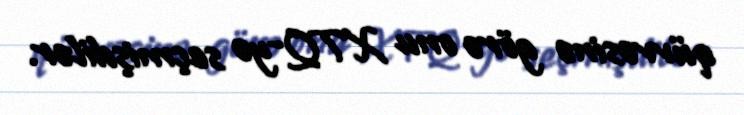
qüvvəsinə görə onu XTQ-yə seçmişdilər.